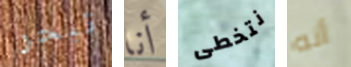
تبحر أنا نتخطى أنه